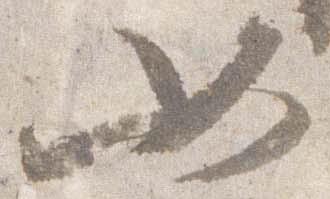
如